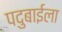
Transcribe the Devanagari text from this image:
पदुबाईला